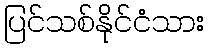
ပြင်သစ်နိုင်ငံသား